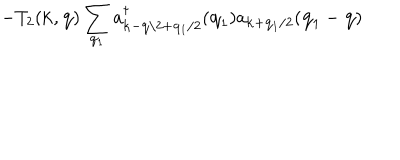
- T _ { 2 } ( { \bf { k } } , { \bf { q } } ) \sum _ { { \bf { q } } _ { 1 } } a _ { { \bf { k } } - { \bf { q } } / 2 + { \bf { q } } _ { 1 } / 2 } ^ { \dagger } ( { \bf { q } } _ { 1 } ) a _ { { \bf { k } } + { \bf { q } } _ { 1 } / 2 } ( { \bf { q } } _ { 1 } - { \bf { q } } )